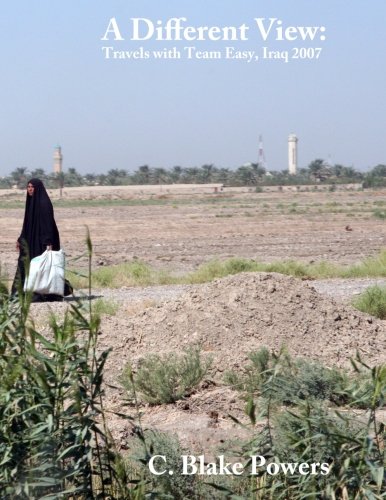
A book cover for A Different View:  Travels with Team Easy, Iraq 2007; C. Blake Powers; Travel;